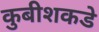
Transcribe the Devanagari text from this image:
कुबीशकडे